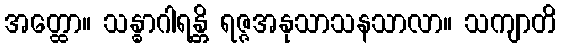
အတ္ထော။ သန္ဓာဂါရန္တိ ရဇ္ဇအနုသာသနသာလာ။ သကျာတိ